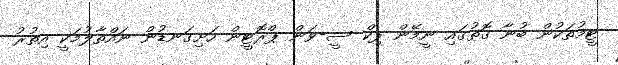
ޓީމުތަކުން ބުނާ ގޮތުގައި ނީމޭން ޕިކް ސީ-ވަން ޕްރޮޓީން ހަށިގަނޑުން ނައްތާލުމަކީ އިތުރު